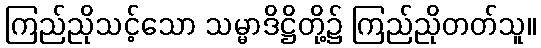
ကြည်ညိုသင့်သော သမ္မာဒိဋ္ဌိတို့၌ ကြည်ညိုတတ်သူ။